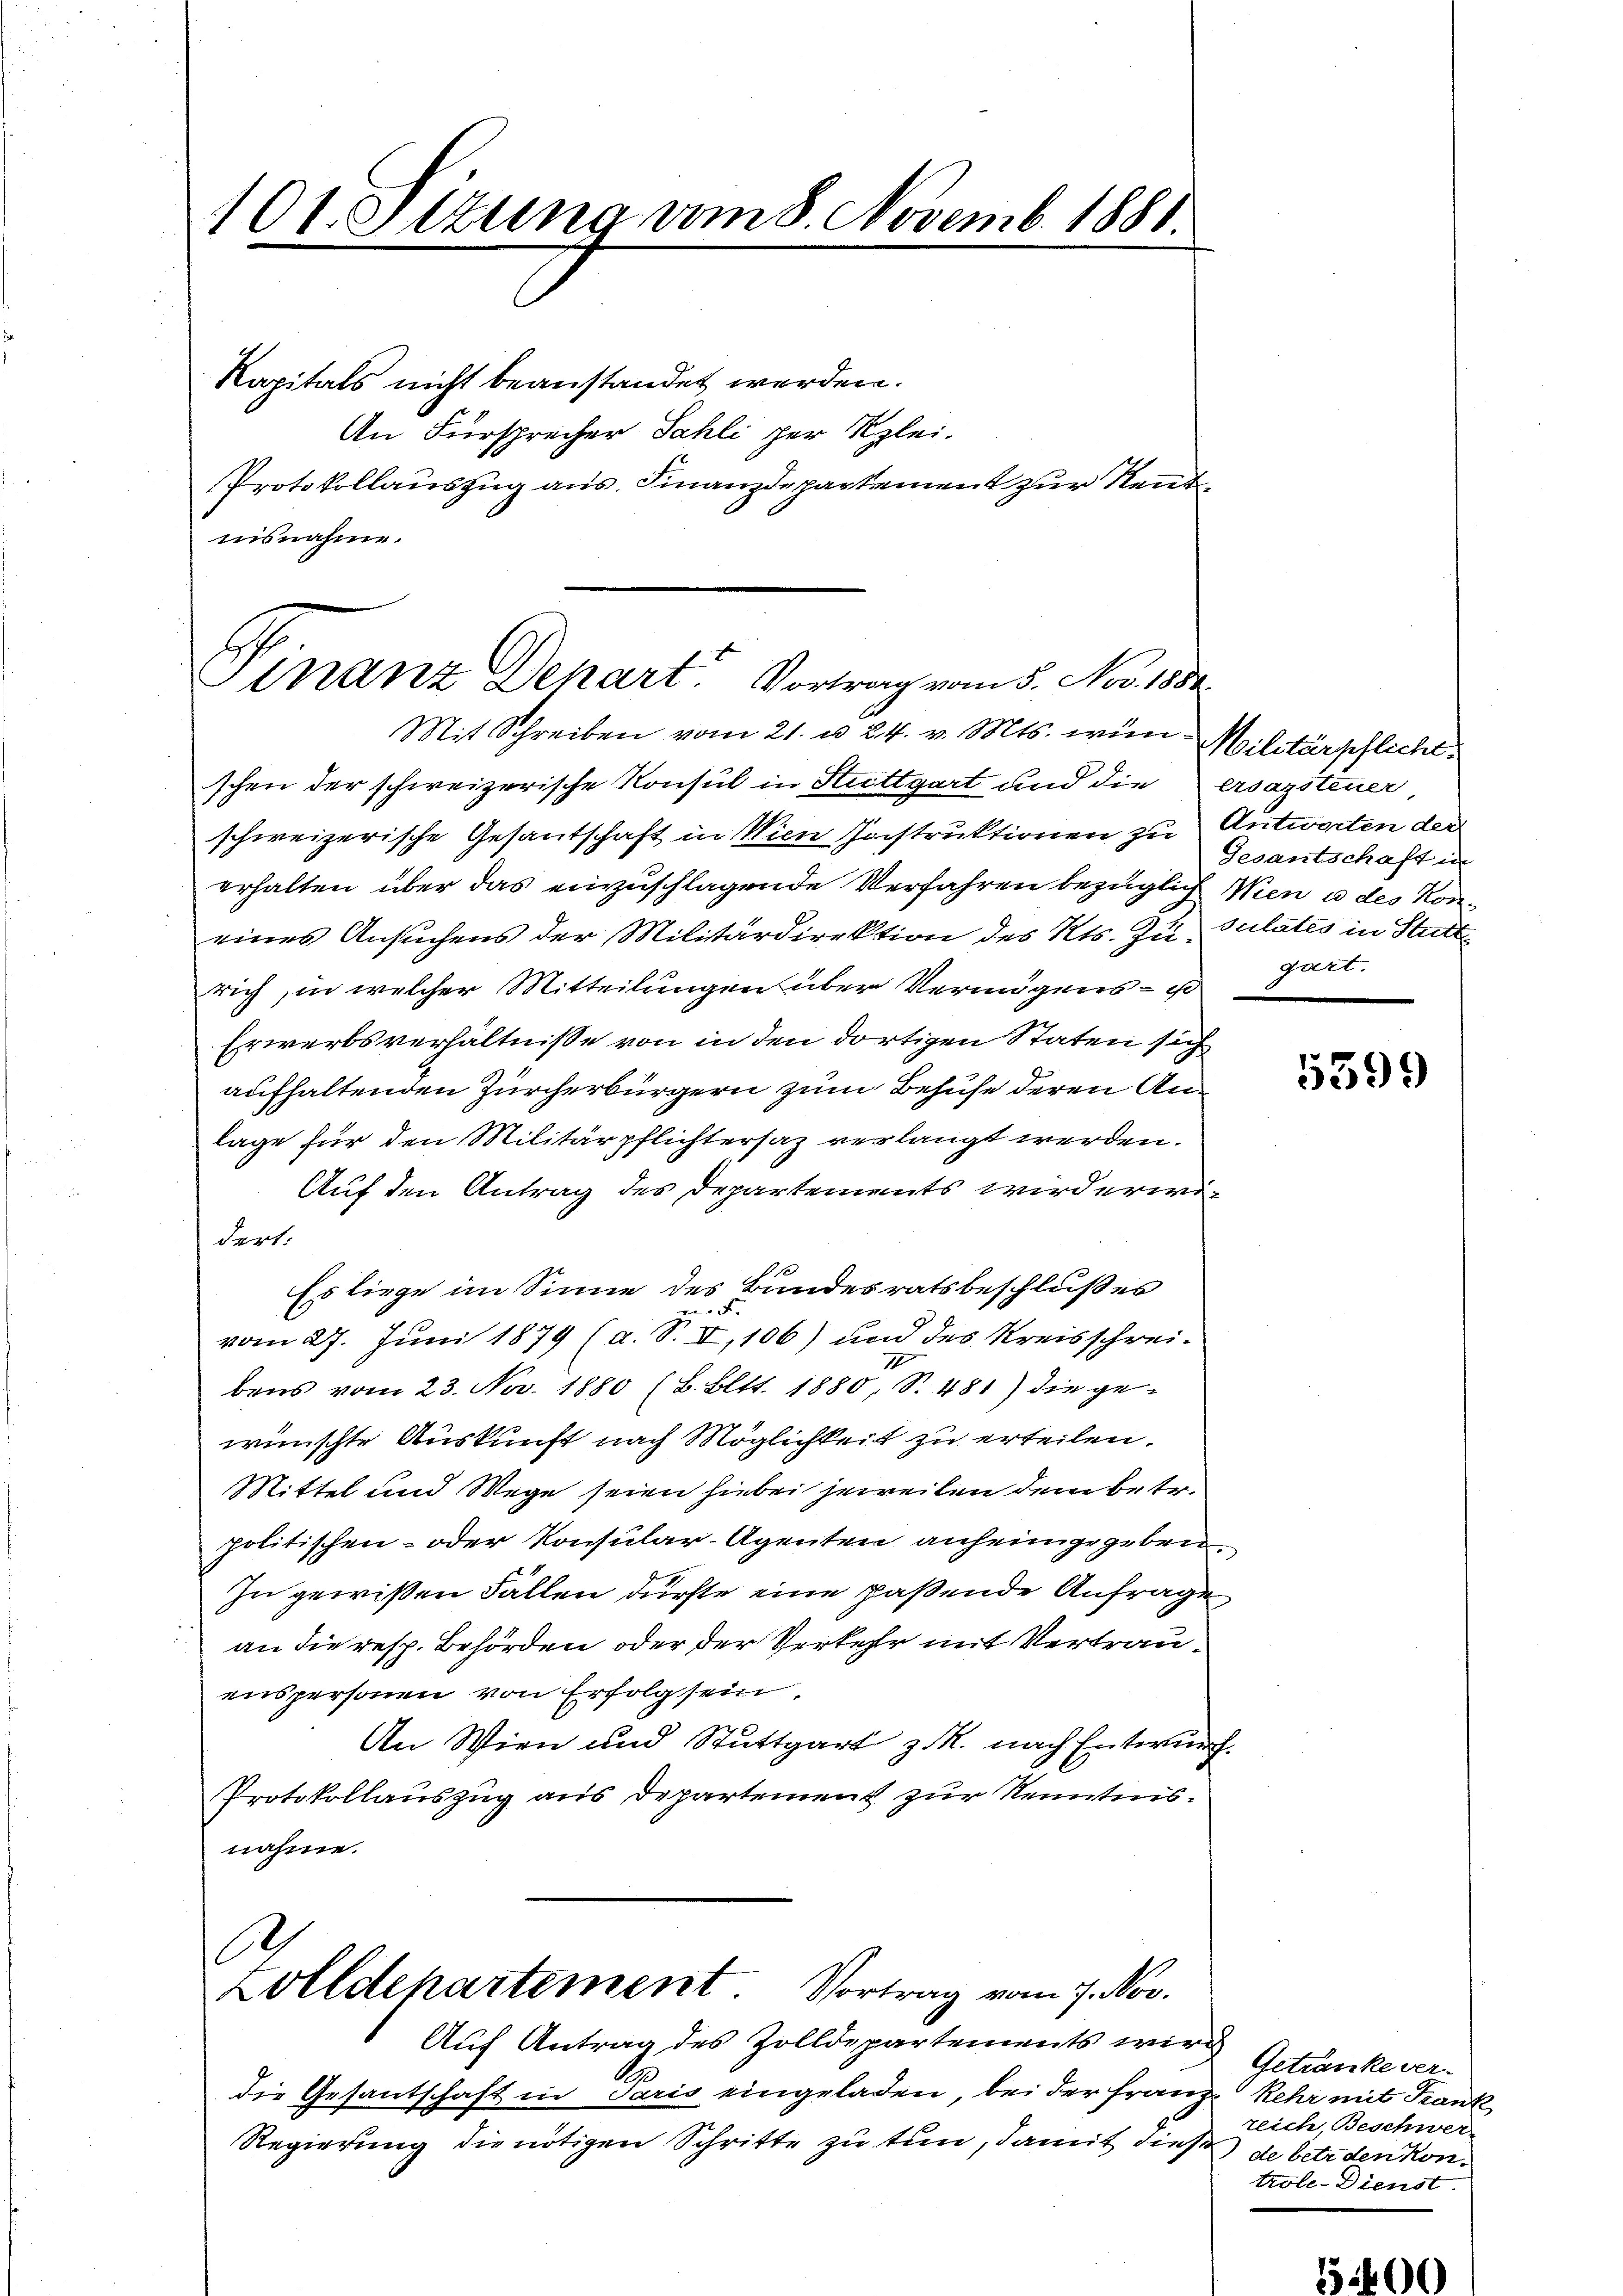
101. Sitzung vom 8. Novemb. 1881.

Kapitals nicht beanstandet werden.
An Fürsprecher Sahli per Szlei.
Protokollauszug aus, Finanzdepartement zur Rent
nisnahme.

schen der schweizerische Konsul in Stuttgart und die ersazsteuer
schweizerische Gesantschaft in Wien Instruktionen zu Antworten der
erhalten über das einzuschlagende Verfahren bezüglich Wien u des Koneines Ansuchens der Militärdirektion des Kts. Zu Gulates in Statt
rich, in welcher Mitteilungen über Vermögens- u
Erwerbsverhältnisse von in den dortigen Staten sich
aufhaltenden Zürcherbürgern zum Behufe deren Anlage für den Militärpflichtersaz verlangt werden.
Auf den Antrag des Departements wird erwidert.
Es liege im Sinne des Bundesratsbeschlußes

vom 27. Juni 1879 (a. S. I, 106) und des Kreisschreibens vom 23. Nov. 1880 (B. Bltt. 1880 S. 481) die ge-
wünschte Auskunft nach Möglichkeit zu erteilen.
Mittel und Wege seien hiebei jeweilen dem betr.
politischen- oder Konsular-Agenten anheimgegeben
In gewißen Fallen dürfte eine paßende Anfrage
an die resp. Behörden oder der Verkehr mit Vertrauenspersonen von Erfolg sein.
An Wien und Stuttgart z. R. nach Entwurf.
Protokollauszug aus Departement zur Kenntnisnahme.

Finanz Dehart. Vortrag vom 5. Nov. 1884.
Mit Schreiben vom 21. u. 24. v. Mts. win Militärpflicht,

C
Zolldepartement Vortrag vom 7. Nov.

Auf Antrag des Zolldepartements wird
.
die Gesantschaft in Paris eingeladen, bei der Franz Kehr mit Frank
Regierung die nötigen Schritte zu tun, damit diese de betrden kon¬

Gesantschaft in
gart.

5599

Getränke verreich, Beschwer-
trole-Dienst.